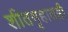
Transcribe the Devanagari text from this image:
शीतगृहातही